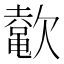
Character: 𬅲